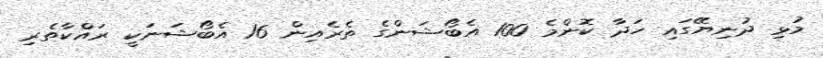
މުޅި ދުނިޔޭގައި ހަދާ ކޮންމެ 100 އެބޯޝަންގެ ތެރެއިން 16 އެބޯޝަނަކީ ރައްކާތެރި